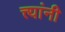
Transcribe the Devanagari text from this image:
त्त्यांनी